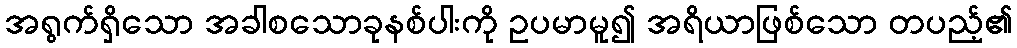
အရွက်ရှိသော အခါစသောခုနစ်ပါးကို ဥပမာမူ၍ အရိယာဖြစ်သော တပည့်၏